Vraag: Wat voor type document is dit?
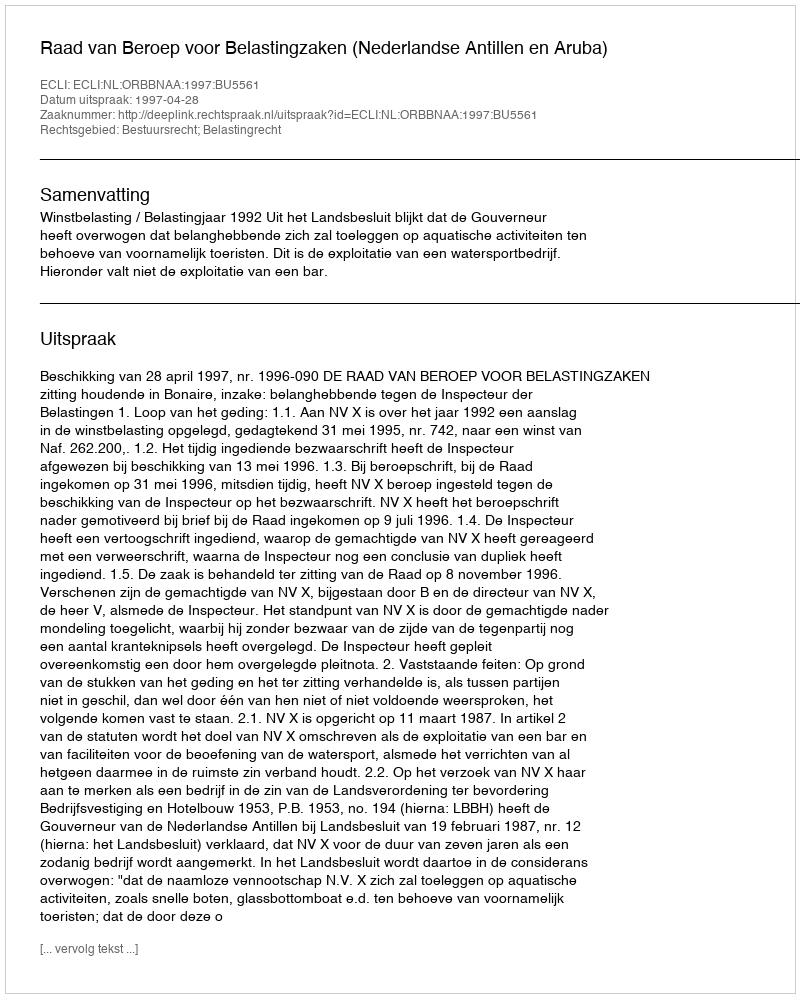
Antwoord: Uitspraak